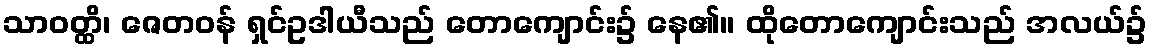
သာဝတ္ထိ၊ ဇေတဝန် ရှင်ဥဒါယီသည် တောကျောင်း၌ နေ၏။ ထိုတောကျောင်းသည် အလယ်၌